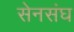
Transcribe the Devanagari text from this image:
सेनसंघ